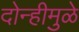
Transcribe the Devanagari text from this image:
दोन्हीमुळे